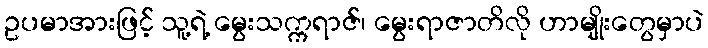
ဥပမာအားဖြင့် သူ့ရဲ့ မွေးသက္ကရာဇ်၊ မွေးရာဇာတိလို ဟာမျိုးတွေမှာပဲ